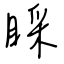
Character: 睬